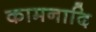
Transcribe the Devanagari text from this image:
कामनादि